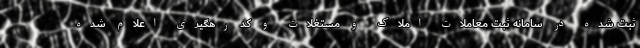
ثبت شده در سامانه ثبت معاملات املاک و مستغلات و کد رهگیری اعلام شده